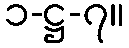
၁-ဋ္ဌ-၇။